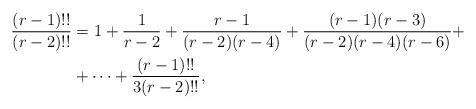
LaTeX: \begin{align*}\frac{(r-1)!!}{(r-2)!!} & = 1+\frac{1}{r-2}+\frac{r-1}{(r-2)(r-4)}+\frac{(r-1)(r-3)}{(r-2)(r-4)(r-6)} +\\& + \dots + \frac{(r-1)!!}{3(r-2)!!},\end{align*}